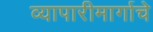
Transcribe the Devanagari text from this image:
व्यापारीमार्गाचे